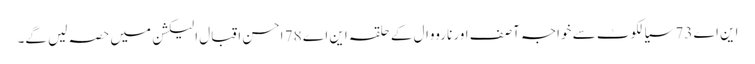
این اے 73 سیالکوٹ سے خواجہ آصف اور نارووال کے حلقہ این اے 78 احسن اقبال الیکشن میں حصہ لیں گے۔